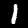
Digit: 1